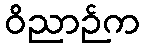
ဝိညာဉ်က